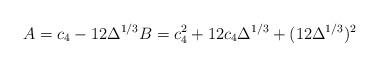
LaTeX: \begin{align*} A = c_4 - 12 \Delta^{1/3} B = c_4^2 + 12 c_4 \Delta^{1/3} + (12 \Delta^{1/3})^2 \end{align*}